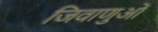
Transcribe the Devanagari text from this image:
जिवाणुओं